Language: tamil
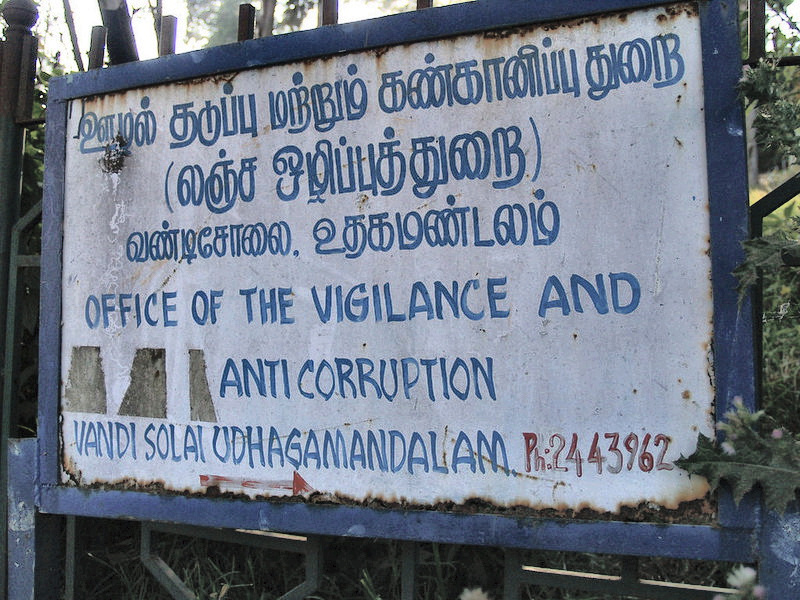
Transcription: துறை ஒழிப்புத்துறை ஊழல் தடுப்பு மற்றும் கண்கானிப்பு லஞ்ச வண்டிசோலை உதகமண்டலம்